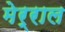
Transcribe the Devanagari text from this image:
मेर्राल